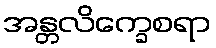
အန္တလိက္ခေစရာ